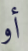
أو